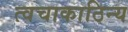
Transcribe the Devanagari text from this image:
त्वचाकाठिन्य